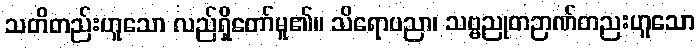
သတိတည်းဟူသော လည်ရှိတော်မူ၏။ သိရောပညာ၊ သဗ္ဗညုတဉာဏ်တညးဟူသော